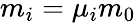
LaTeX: m_{i}=\mu_{i}m_{0}